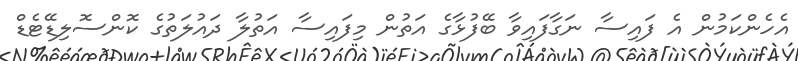
އެހެންކަމުން އެ ފައިސާ ނަގާފައިވާ ބޭފުޅާގެ އަތުން މިފައިސާ އަތުލާ ދައުލަތުގެ ކޮންސޮލިޑޭޓެޑް